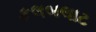
કલબલાટ